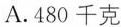
A.480千克